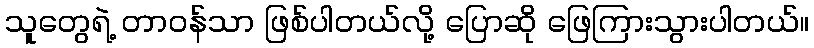
သူတွေရဲ့ တာဝန်သာ ဖြစ်ပါတယ်လို့ ပြောဆို ဖြေကြားသွားပါတယ်။